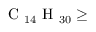
\mathrm { ~ C ~ } _ { 1 4 } \mathrm { ~ H ~ } _ { 3 0 } \geq